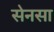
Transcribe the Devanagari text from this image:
सेनसा